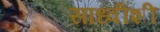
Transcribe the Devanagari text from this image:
साध्वीशी